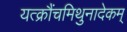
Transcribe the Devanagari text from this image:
यत्क्रौंचमिथुनादेकम्